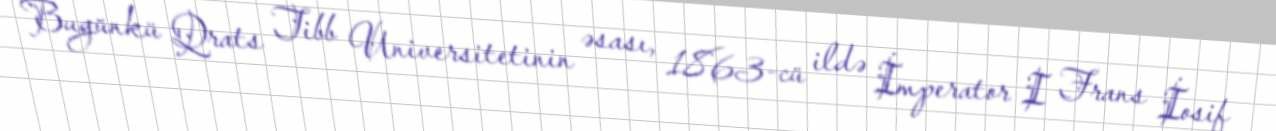
Bugünkü Qrats Tibb Universitetinin əsası, 1863-cü ildə İmperator I Frans İosif